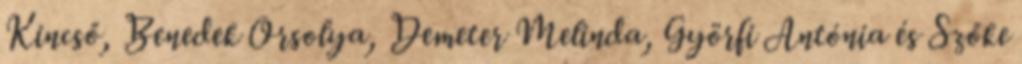
Kincső, Benedek Orsolya, Demeter Melinda, Györfi Antónia és Szőke